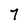
Character: 7